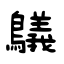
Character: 鸃